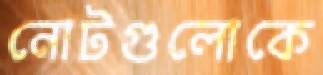
নোটগুলোকে